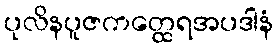
ပုလိနပူဇကတ္ထေရအပဒါနံ